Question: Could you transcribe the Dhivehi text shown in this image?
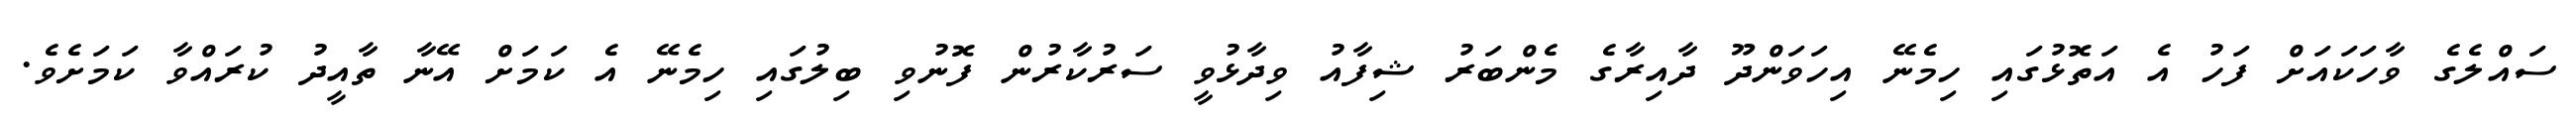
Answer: ސައްލެގެ ވާހަކައަށް ފަހު އެ އަތޮޅުގައި ހިމެނޭ އިހަވަންދޫ ދާއިރާގެ މެންބަރު ޝިފާއު ވިދާޅުވީ ސަރުކާރުން ފޮނުވި ބިލުގައި ހިމެނޭ އެ ކަމަށް އޭނާ ތާއީދު ކުރައްވާ ކަމަށެވެ.